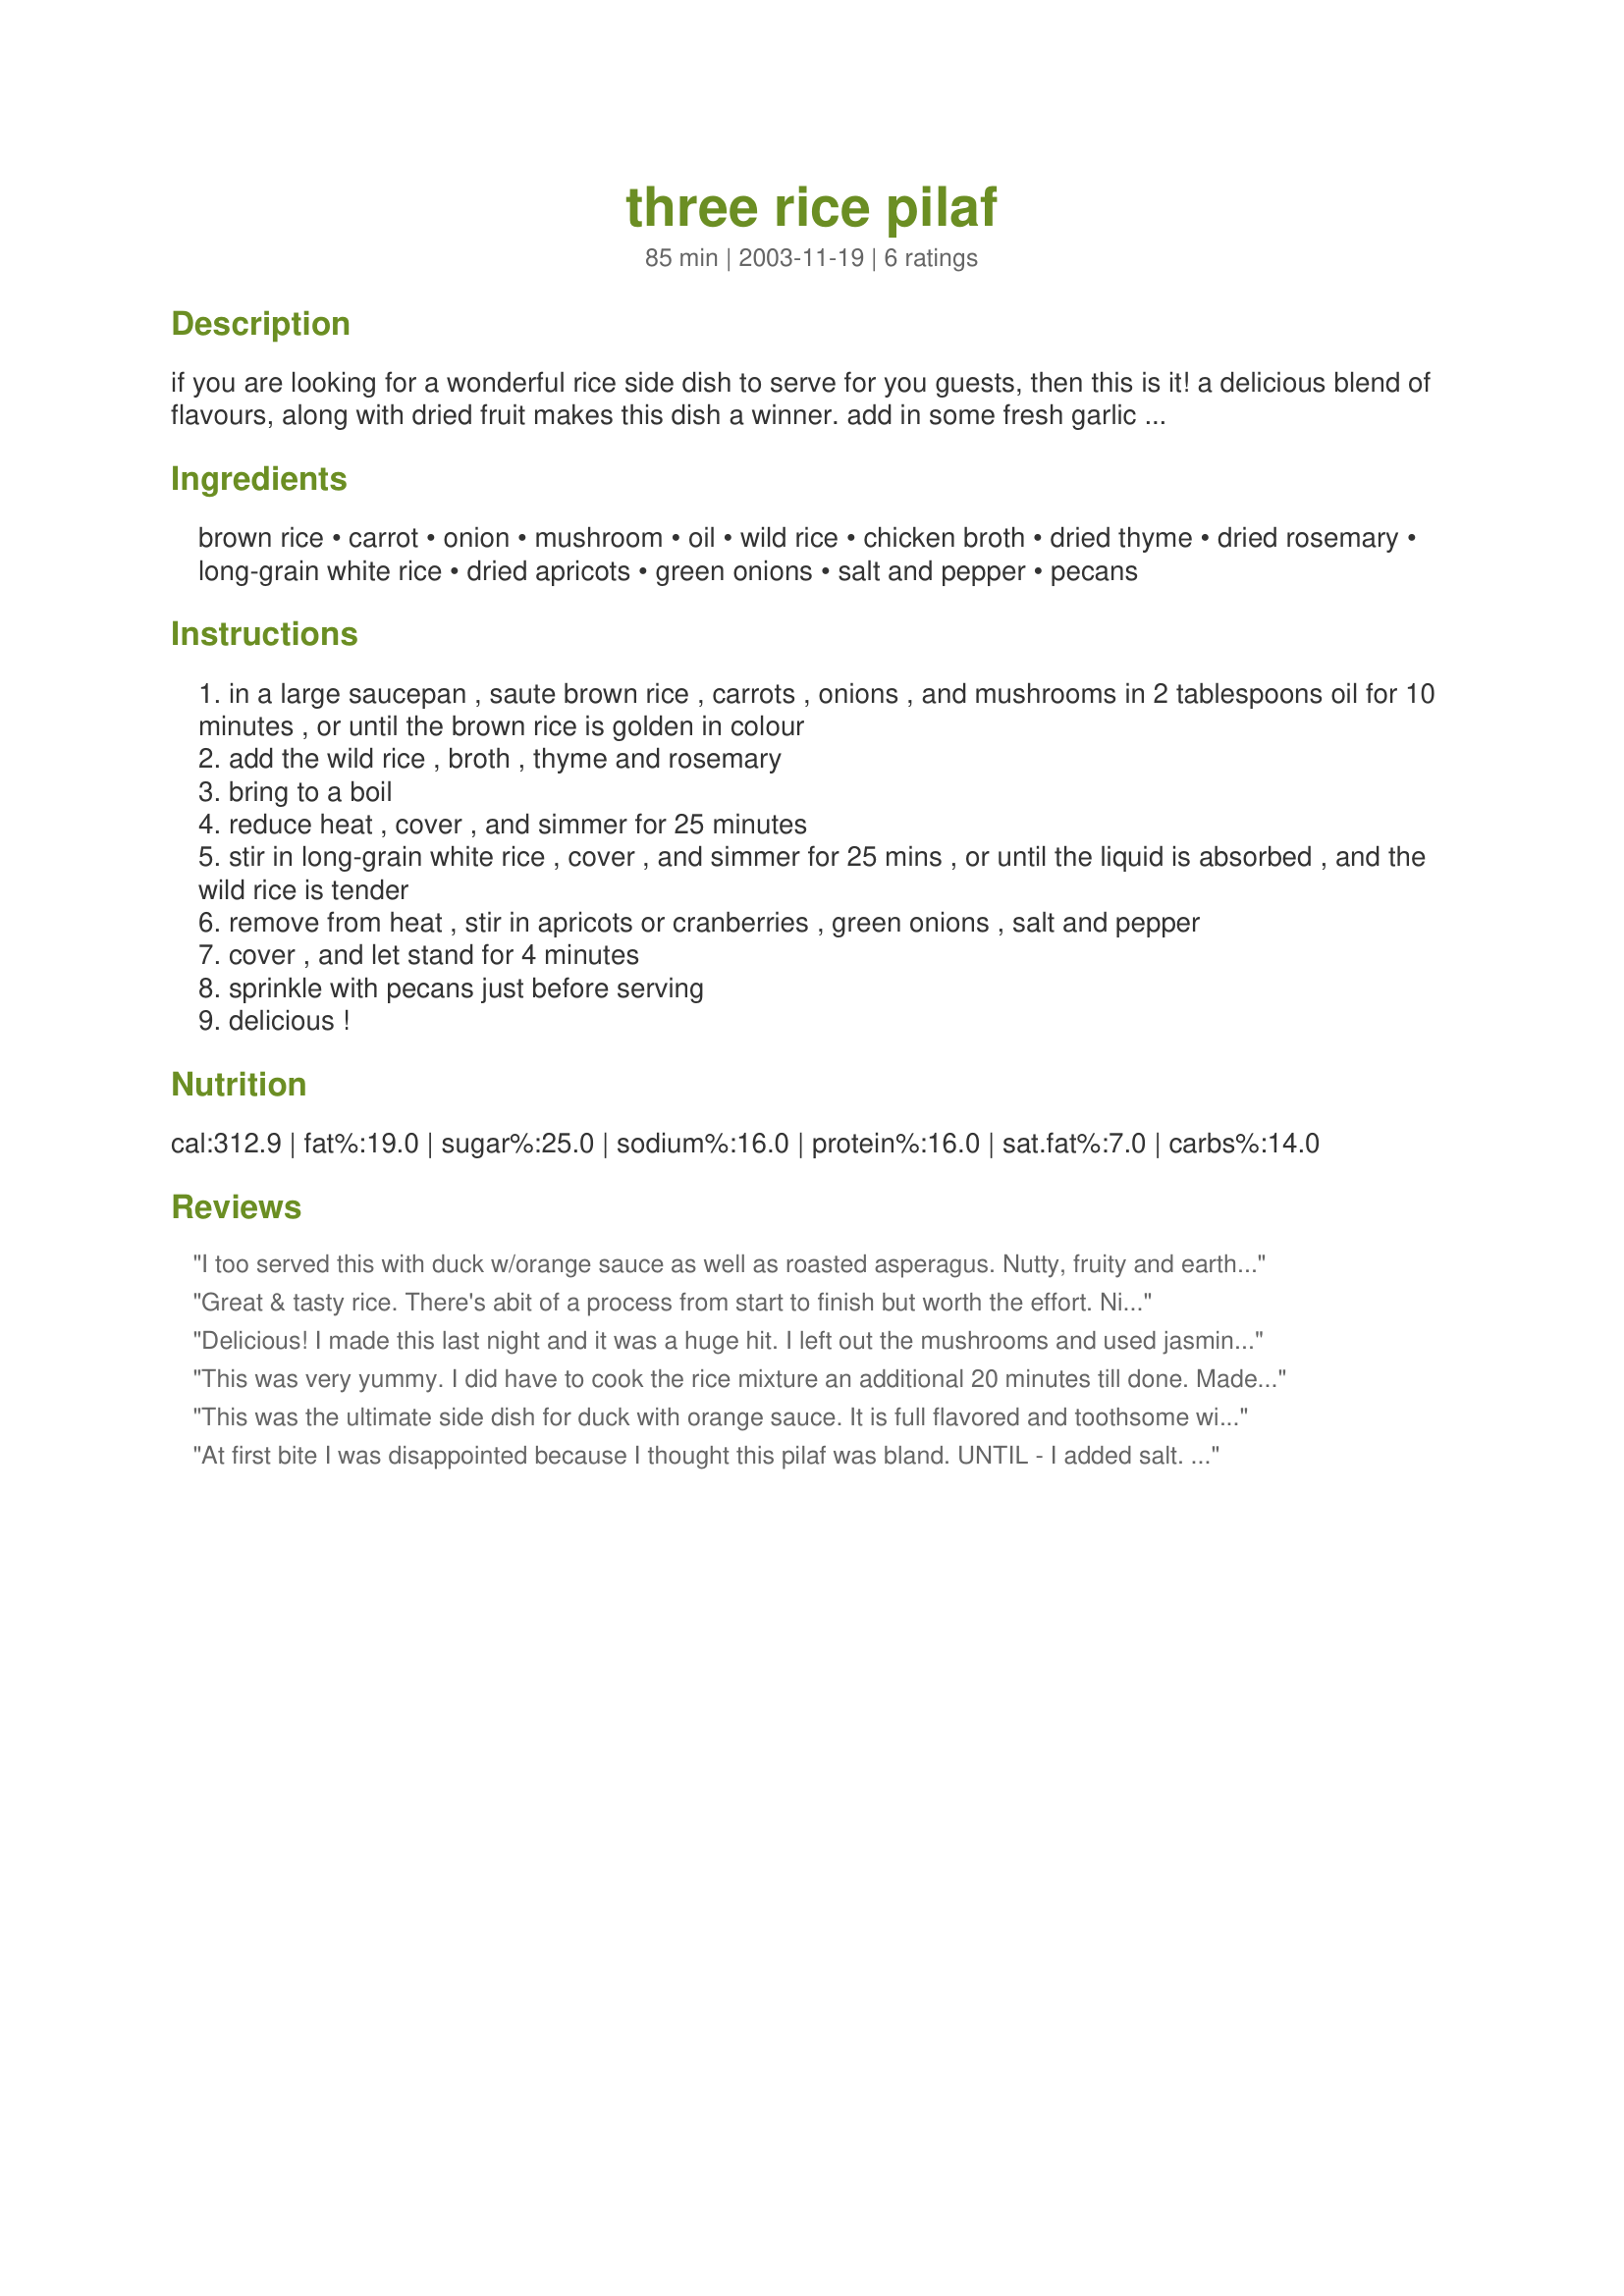
three rice pilaf
Preparation time: 85 minutes

if you are looking for a wonderful rice side dish to serve for you guests, then this is it! a delicious blend of flavours, along with dried fruit makes this dish a winner. add in some fresh garlic when you saute the onions if desired. adjust all seasonings to taste.

Ingredients:
brown rice, carrot, onion, mushroom, oil, wild rice, chicken broth, dried thyme, dried rosemary, long-grain white rice, dried apricots, green onions, salt and pepper, pecans

Steps:
in a large saucepan , saute brown rice , carrots , onions , and mushrooms in 2 tablespoons oil for 10 minutes , or until the brown rice is golden in colour
add the wild rice , broth , thyme and rosemary
bring to a boil
reduce heat , cover , and simmer for 25 minutes
stir in long-grain white rice , cover , and simmer for 25 mins , or until the liquid is absorbed , and the wild rice is tender
remove from heat , stir in apricots or cranberries , green onions , salt and pepper
cover , and let stand for 4 minutes
sprinkle with pecans just before serving
delicious !

Reviews:
I too served this with duck w/orange sauce as well as roasted asperagus. Nutty, fruity and earthy tastes make this a nice combination.
Great & tasty rice. There's abit of a process from start to finish but worth the effort. Nice vegys & right proportions of ingredients. Only changes I made was that I soaked the cranberries in hot water before chopping & didn't add the nuts due to personal preference. Served with pork tenderloin w/mango chutney and complimented the flavours nicely, thanks for sharing.
Delicious! I made this last night and it was a huge hit. I left out the mushrooms and used jasmine rice for the long grain white rice, and it turned out to be terrific. I'll definitely be making this again!
This was very yummy. I did have to cook the rice mixture an additional 20 minutes till done. Made as posted. We enjoyed the added flavor of the cranberries. Thanks for posting. :) I served it with recipe #290743 for a very tasty dinner.
This was the ultimate side dish for duck with orange sauce. It is full flavored and toothsome with a hint of sweetness from the dried fruit. I followed this recipe since it was clear and straight forward and I love all the ingredients. Cranberries were my fruit of choice, but I think any dried fruit would be delicious. This is saved in my cookbook, Kitten.
At first bite I was disappointed because I thought this pilaf was bland. UNTIL - I added salt. Then BAM! - the flavors came out and it was delicious. Thanks for sharing.
